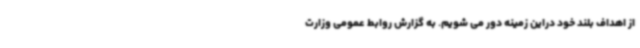
از اهداف بلند خود دراین زمینه دور می شویم. به گزارش روابط عمومی وزارت